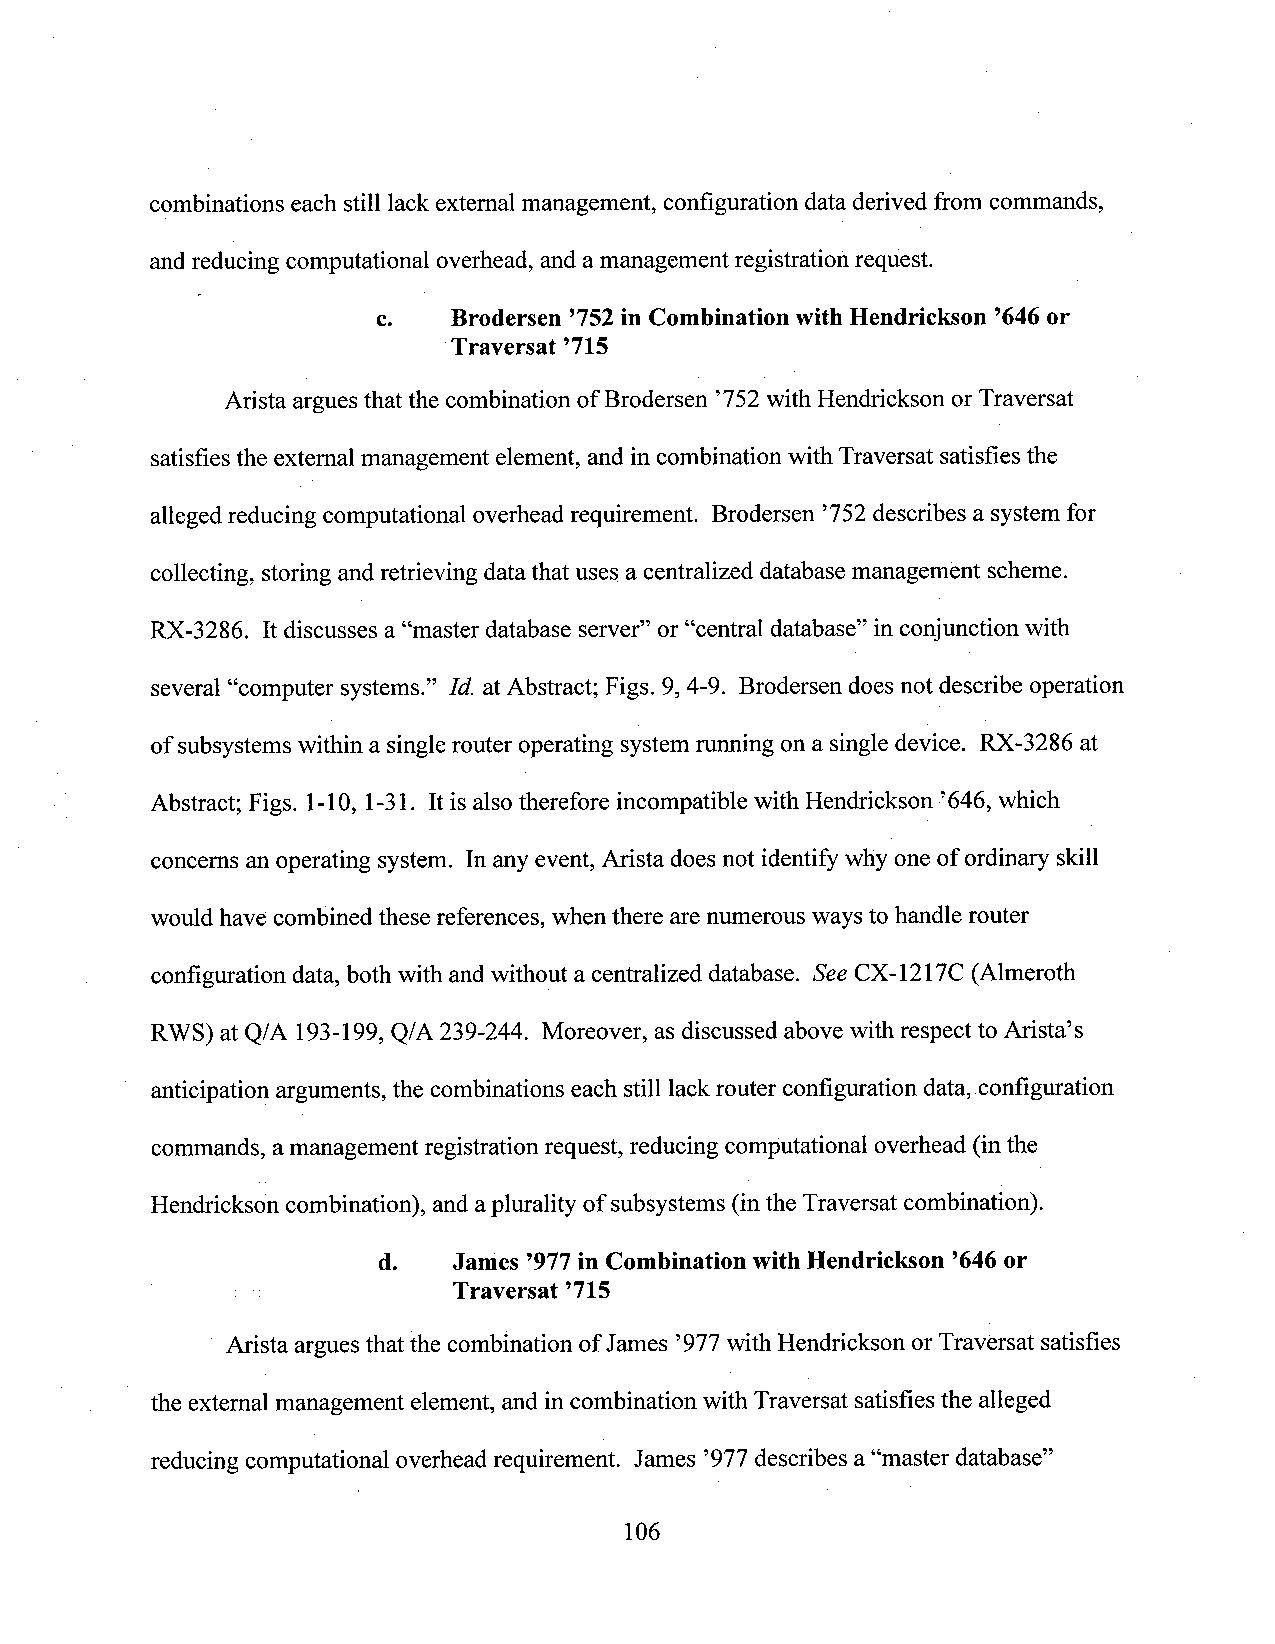
combinations each still lack external management, configuration data derived from commands,
 andreducing computational overhead, and amanagement registration request.
 c.   Brodersen ’752in Combination with Hendrickson ’646or
 Traversat ’715
 Arista arguesthat the combination ofBrodersen ’752with Hendrickson or Traversat
 satisfies the external management element, and incombination with Traversat satisfies the
 allegedreducing computational overhead requirement. Brodersen ’752describes a system for
 collecting, storing and retrieving datathat uses a centralized database management scheme.
 RX-3286. Itdiscusses a “master database server” or“central database” in conjunction with
 several “computer systems.” Id. atAbstract; Figs. 9, 4-9. Brodersen does not describe operation
 of subsystems within a singlerouter operating systemrunning on a single device. RX-3286 at
 Abstract; Figs. 1-10, 1-31. It is alsotherefore incompatible with Hendrickson ’646, which
 concerns an operating system. In anyevent, Arista does not identify why one of ordinary skill
 would have combined these references, when there arenumerous ways to handle router
 configuration data, both with andwithout a centralized database. SeeCX-1217C (Almeroth
 RWS) at Q/A 193-199,Q/A 239-244. Moreover, as discussed above with respect to Arista’s
 anticipation arguments, the combinationseach still lackrouter configuration data, configuration
 commands, amanagement registration request, reducing computational overhead (inthe
 Hendrickson combination), and aplurality of subsystems (inthe Traversat combination).
 d.   James ’977in Combination with Hendrickson ’646or
 Traversat ’715
 Arista arguesthat the combinationofJames ’977with HendricksonorTraversat satisfies
 the extemal management element, and in combination with Traversat satisfies the alleged
 reducing computational overhead requirement. James ’977 describes a“master database”
 106